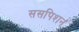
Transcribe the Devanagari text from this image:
ससपिशन